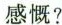
感慨?